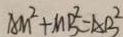
A M ^ { 2 } + M B ^ { 2 } = A B ^ { 2 }